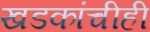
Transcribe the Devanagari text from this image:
खडकांचीही